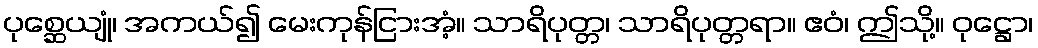
ပုစ္ဆေယျုံ၊ အကယ်၍ မေးကုန်ငြားအံ့။ သာရိပုတ္တ၊ သာရိပုတ္တရာ။ ဧဝံ၊ ဤသို့။ ဝုဋ္ဌော၊